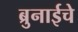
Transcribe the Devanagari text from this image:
ब्रुनाईचे